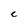
Character: c